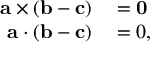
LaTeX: \begin{array} { r l } { \mathbf { a } \times ( \mathbf { b } - \mathbf { c } ) } & { { } = \mathbf { 0 } } \\ { \mathbf { a } \cdot ( \mathbf { b } - \mathbf { c } ) } & { { } = 0 , } \end{array}